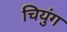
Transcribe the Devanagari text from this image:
चियुंग